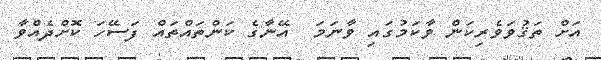
އަށް ތަޤުވަވެރިކަން ވާކަމުގައި ވާނަމަ  އޭނާގެ ކަންތައްތައް ފަސޭހަ ކޮށްދެއްވާ